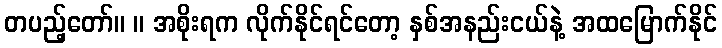
တပည့်တော်။ ။ အစိုးရက လိုက်နိုင်ရင်တော့ နှစ်အနည်းငယ်နဲ့ အထမြောက်နိုင်